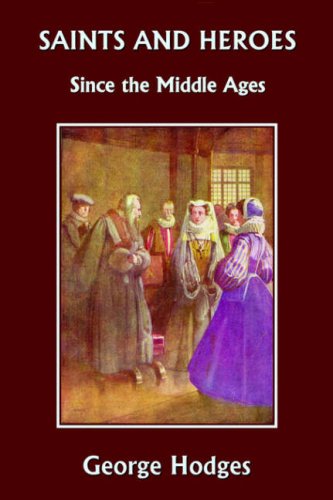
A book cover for Saints and Heroes Since the Middle Ages  (Yesterday's Classics); George Hodges; Teen & Young Adult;